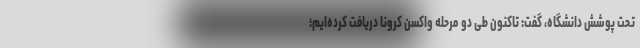
تحت پوشش دانشگاه، گفت: تاکنون طی دو مرحله واکسن کرونا دریافت کرده‌ایم؛